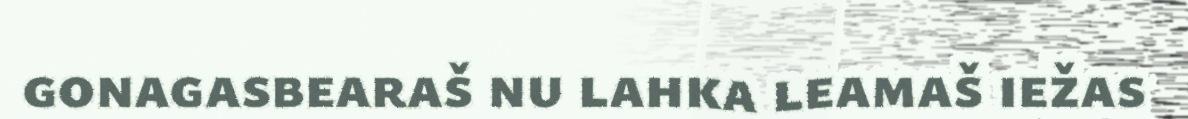
gonagasbearaš nu lahka leamaš iežas